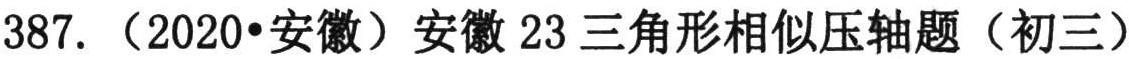
387. （2020•安徽）安徽23三角形相似压轴题（初三）